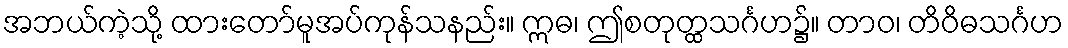
အဘယ်ကဲ့သို့ ထားတော်မူအပ်ကုန်သနည်း။ ဣဓ၊ ဤစတုတ္ထသင်္ဂဟ၌။ တာဝ၊ တိဝိဓသင်္ဂဟ